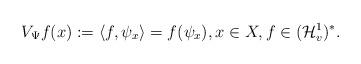
LaTeX: \begin{align*} V_\Psi f(x):= \langle f, \psi_x \rangle = f(\psi_x), x\in X, f\in (\mathcal H^1_v)^\ast. \end{align*}